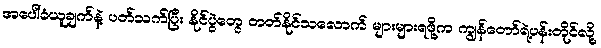
အပေါ်ခံယူချက်နဲ့ ပတ်သက်ပြီး နိုင်ပွဲတွေ တတ်နိုင်သလောက် များများရဖို့က ကျွန်တော်ရဲ့ပန်းတိုင်လို့